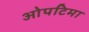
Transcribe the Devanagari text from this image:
ओपटिमा